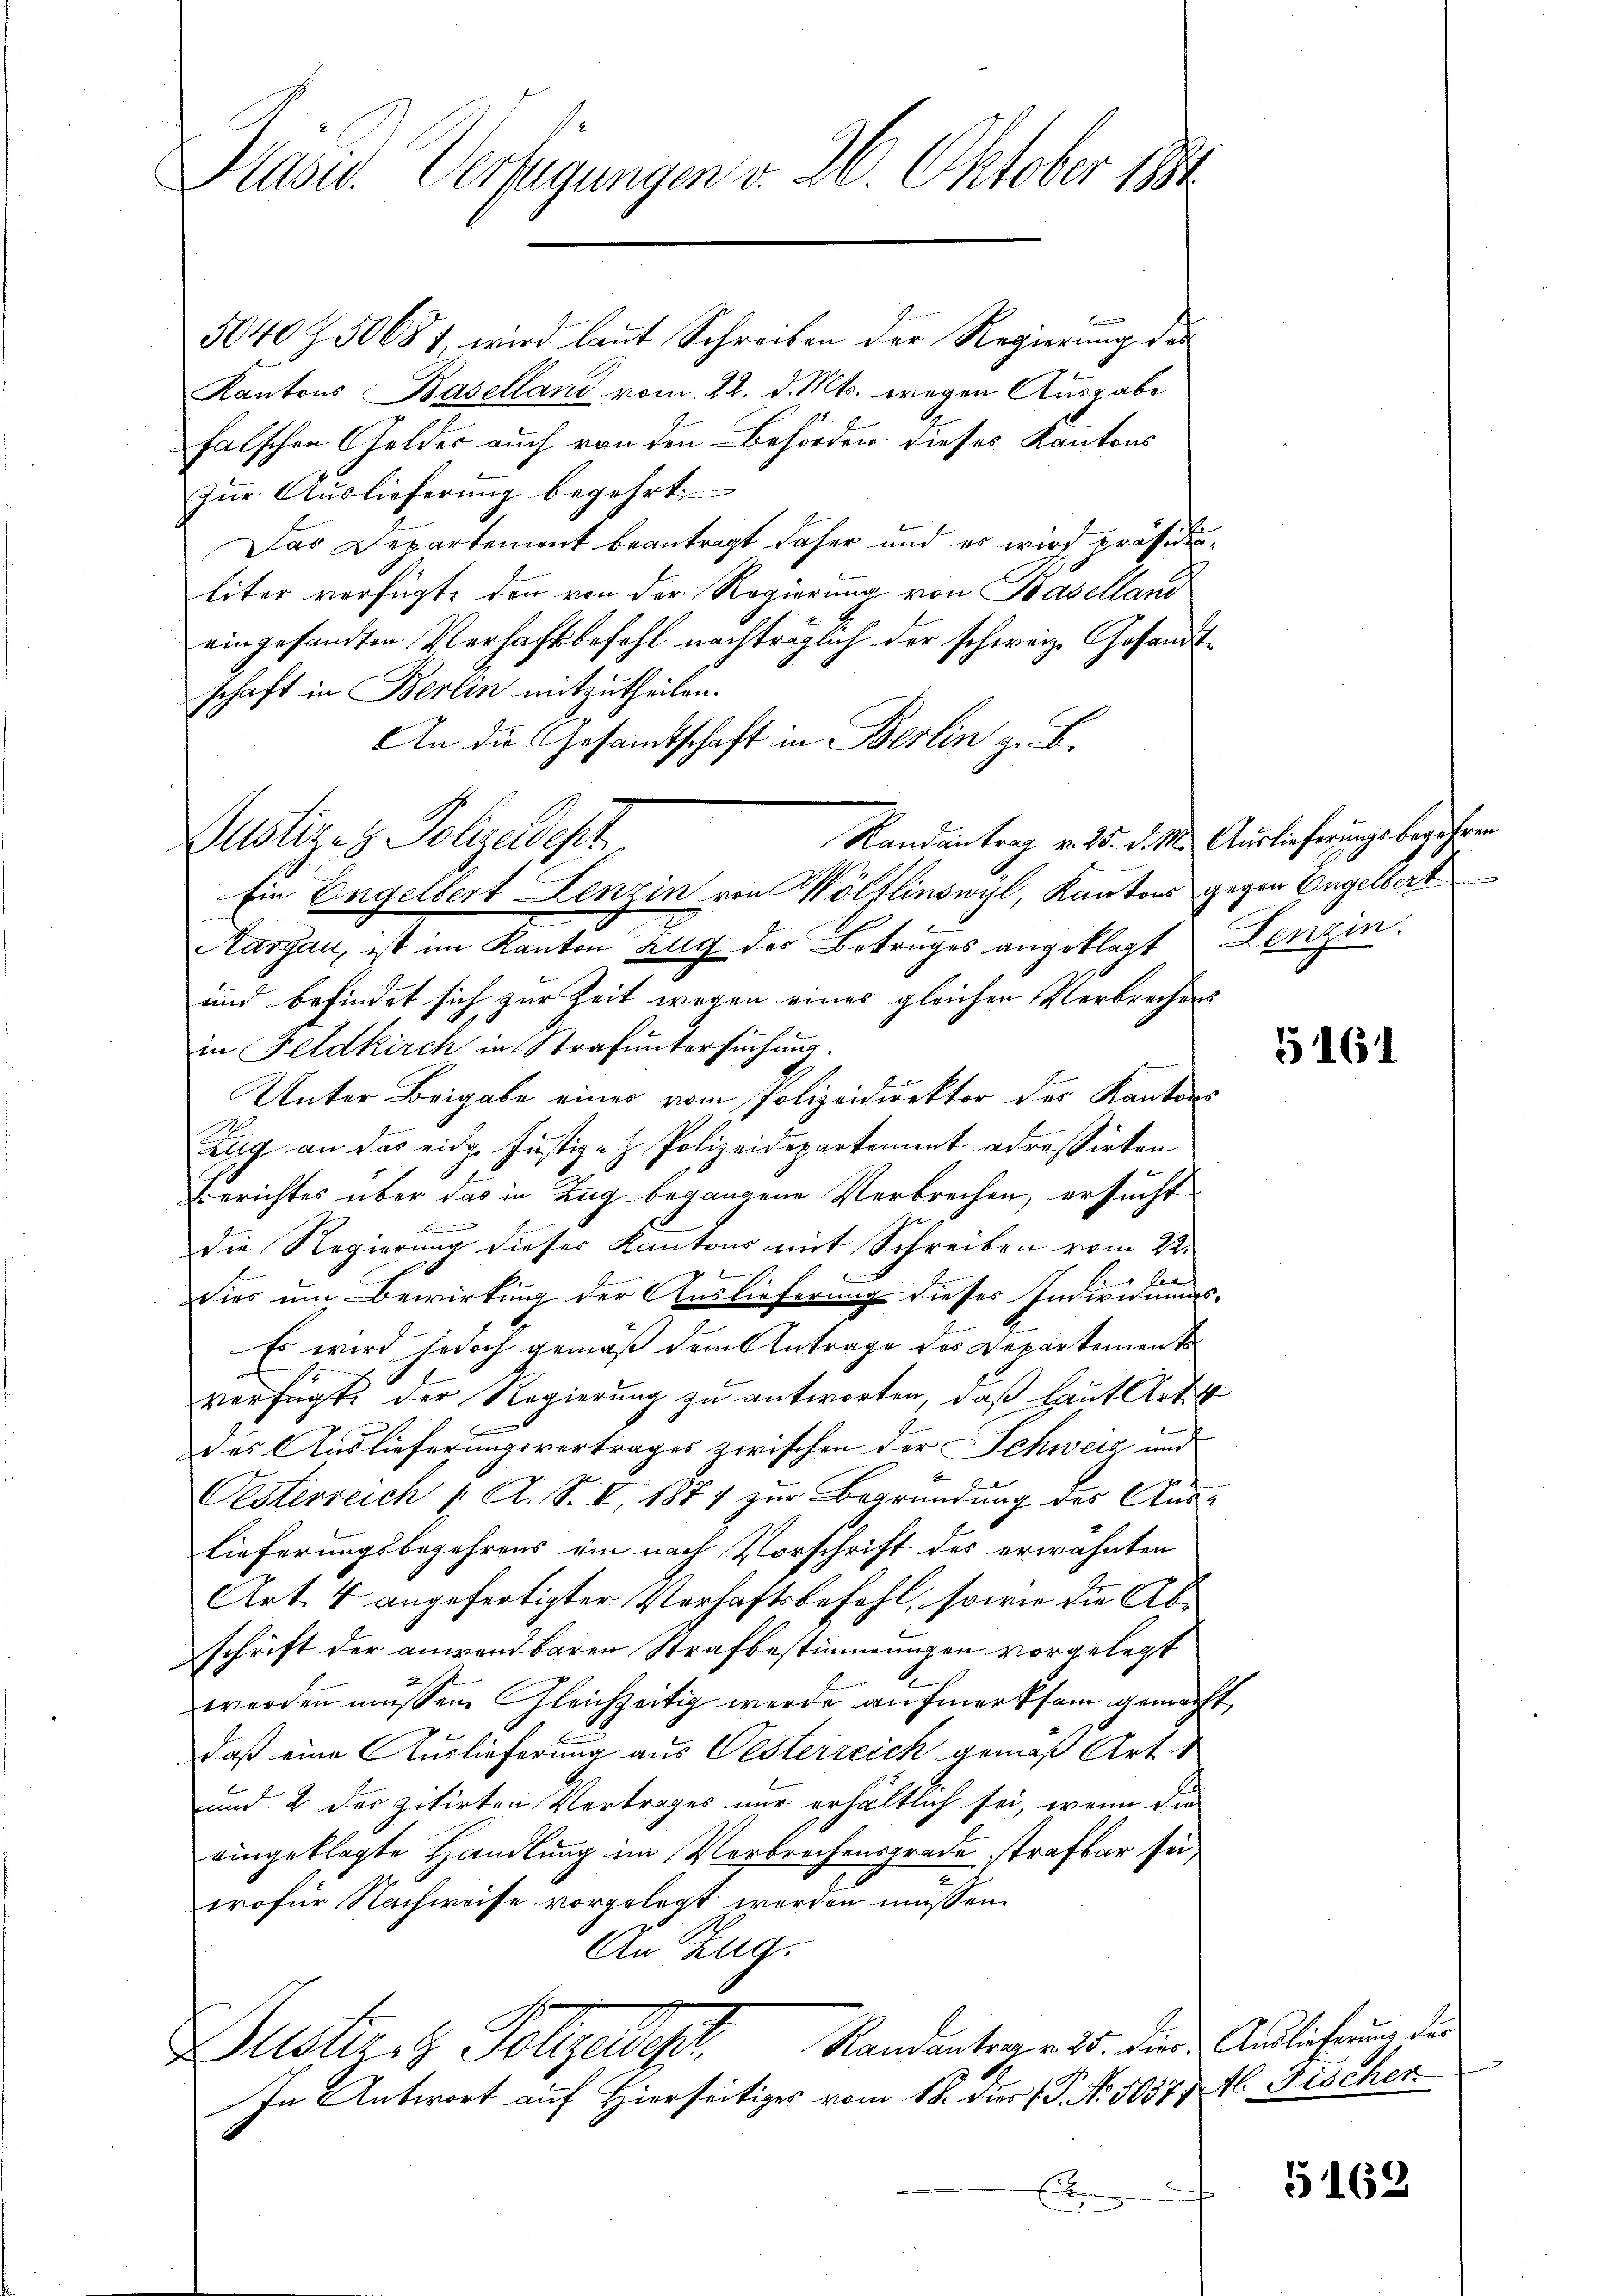
Präsid. Verfügungen v. 26. Oktober 1881

5040 Z. 50687, wird laut Schreiben der Regierung des
Kantons Baselland vom 22. d. Mts. wegen Ausgabe
falschen Gelder auch von den Behörden dieses Kantons
Zur Auslieferung begehrt
Das Departement beantragt daher und es wird präsidieliter verfügte den von der Regierung von Baselland
eingesandten Verhaftsbefehl nachträglich der schweiz. Gesandtschaft in Berlin mitzutheilen.
An die Gesandtschaft in Beslin z. B.
Randantrag v. 25. d. M. Auslieferungsbegehren
Ein Engelbert Lenzin von Wölflinswyl, Kantons gegen Engelbert
Aargau, ist im Kanton Zug des Betruges angeklagt Lenzin
und befindet sich zur Zeit wegen eines gleichen Verbrechens
in Feldkirch in Strafuntersuchung.
Unter Beigabe eines vom Polizeidirektor der Kantons
Zug an das eidge Justiz- & Polizeidepartement adressirten
Berichtes über das in Zug begangene Verbrechen, ersucht
.
die Regierung dieser Kantons mit Schreiben vom 22.

F
.
dies um Bewirkung der Auslieferung dieses Indivisions-
Es wird jedoch gemäß dem Antrage des Departement
verfügt, der Regierung zu antworten, daß laut Art
des Auslieferungsvertrages zwischen der Schweiz und
Oesterreich /: A. S. V. 1877 zur Begründung des Ana-
lieferungsbegehrens ein nach Vorschrift des erwähnten
Art. 4 angefertigter Verhaftsbefehl, sowie die Abschrift der anwendbaren Strafbestimmungen vorgelegt
worden müssen. Gleichzeitig werde aufmerksam gemacht,
daß eine Auslieferung aus Vesterreich gemäß Art.
und 2 der zitirten Vertrages nur erhältlich sei, wenn die
ringeklagte Handlung im Verbrechensgrade strafbar sei,
wofür Nachweise vorgelegt werden müssen.
An Zug.
Randantrag v. 25. dies Auslieferung der
Dustriz Polizeidir
In Antwort auf Hierseitiges vom 18. der (T. No. 5037 rtl. Fischer
Eben

Justiz- & Polizeidest

5161

5162